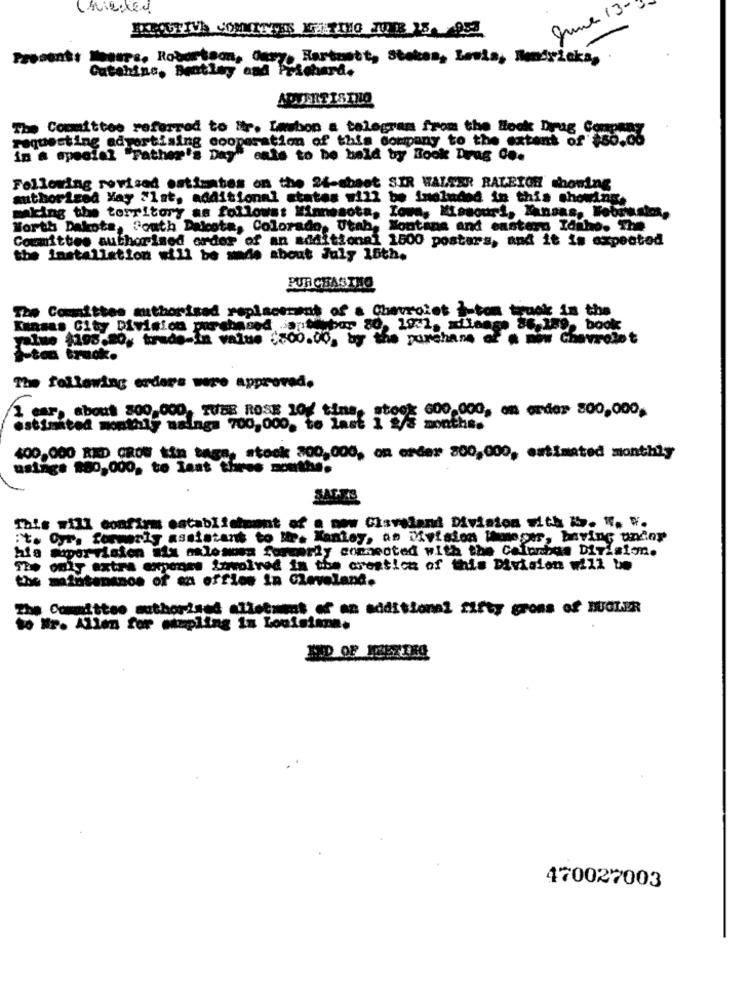
grine 13-
Present: Monars. Robertson, Omry, Hartnett, Stoken, Lewis, Benśyżeka,
Catching, Bentley and
Prichard.
ADVERTISING
The Committee referred to ir. Lasbon a telegram from the Block Drug Com
requesting advertising cooperation of this company to the extent of $50.08
in a special "Father's Day" amis to be held by Book Drag Co.
Following revised estimates on the 24-shaet SIR WALTER RALEIGH showing
authorized May "1st, additional states will be included in this showdi
making the territory as follows: Minnesota, Iowa, Missouri, Kansas, Febrasics,
North Dakota, South Dakota, Colorado, Utah, Montana and eastern Idaho. The
Committee authorised order of an additional 1600 postars, and it is expected
the Installation will be mmde about July 15th.
PUR CHASTHO
The Committee authorisad replacement of a Chevrolet I-ton truck in the
Kansas City Division purchased antinbar 80, 19:2, xilange 86.189.
yatue $198.00. trade-in value $800.00, by the purchase of a new Chevrolet
ton truck.
The following erders were approved.
1 car, about 800,000. TWEE ROSE 10/ time, stook 600,000, om order 800,000,
estimated monthly maings 700,000, to Inst 1 2/5 months.
400,000 RED CROW tin tage, stock 300,000, on order 300,000, estimated monthly
using# 880,000, to last three months.
SALES
This will confirm establishment of a new Cisveland Division with bb. W. W.
it. Our, formerly assistant to The Manley, an Division Images, having under
hia supervision mix axlesoon formerly connected with the Caf
calorias Division.
The only extra expense Zumoived in the creation of this Division will be
the maintenance of an offles in Cleveland.
The Committee authorised allotment of an additional fifty grons of BUGLER
to Mr. Allen for etupling in Louisiana.
470027003